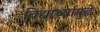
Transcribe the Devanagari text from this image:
विद्यार्थ्यांपुढे